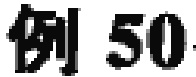
例~50